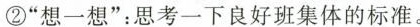
②”想一想”：思考一下良好班集体的标准。